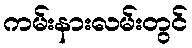
ကမ်းနားလမ်းတွင်